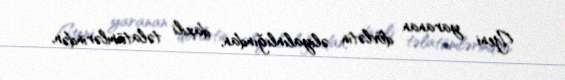
Yeni yaranan dövlətin əliyalınlığından, daxili təlatümlərindən,